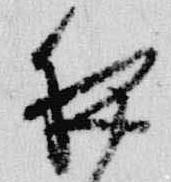
夜